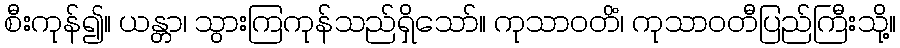
စီးကုန်၍။ ယန္တာ၊ သွားကြကုန်သည်ရှိသော်။ ကုသာဝတိံ၊ ကုသာဝတီပြည်ကြီးသို့။